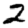
Digit: 2